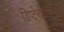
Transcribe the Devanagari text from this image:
डिप्टेरोकारपस